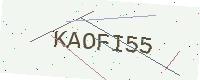
Text: KAOFI55